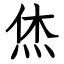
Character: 烋